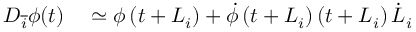
\begin{array} { r l } { { D } _ { \overline { { i } } } \phi ( t ) } & { { } \simeq \phi \left( { t } + { L } _ { { i } } \right) + \dot { \phi } \left( t + L _ { i } \right) \left( t + L _ { i } \right) \dot { L } _ { i } } \end{array}